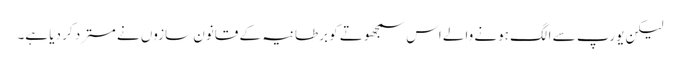
لیکن یورپ سے الگ ہونے والے اس سمجھوتے کو برطانیہ کے قانون سازوں نے مسترد کر دیا ہے۔